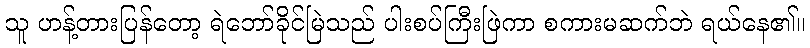
သူ ဟန့်တားပြန်တော့ ရဲဘော်ခိုင်မြဲသည် ပါးစပ်ကြီးဖြဲကာ စကားမဆက်ဘဲ ရယ်နေ၏။